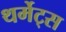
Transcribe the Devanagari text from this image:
थर्मेट्स